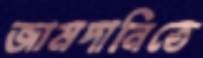
জামদানিতে